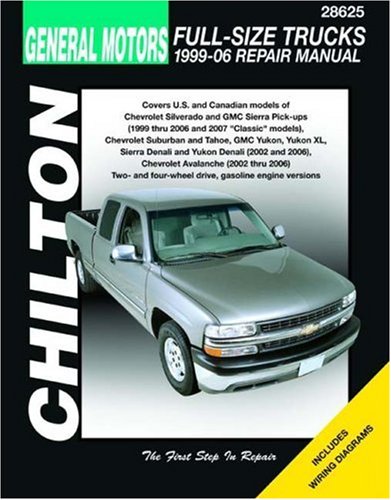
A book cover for GM Full-Size Trucks, 1999-06 Repair Manual (Chilton's Total Car Care Repair Manual); Chilton; Engineering & Transportation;